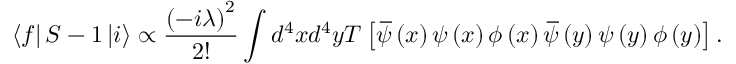
\left\langle f \right\vert S - 1 \left\vert i \right\rangle \propto \frac { \left( - i \lambda \right) ^ { 2 } } { 2 ! } \int d ^ { 4 } x d ^ { 4 } y T \left[ \, \overline { { \! { \psi } } } \left( x \right) \psi \left( x \right) \phi \left( x \right) \, \overline { { \! { \psi } } } \left( y \right) \psi \left( y \right) \phi \left( y \right) \right] .